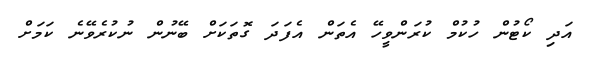
އަދި ކޯޓުން ހުކުމް ކުރަންވީހޭ އެތަން އެފަދަ ގޮތަކަށް ބޭނުން ނުކުރެވޭނެ ކަމަށް